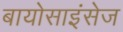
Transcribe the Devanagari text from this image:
बायोसाइंसेज